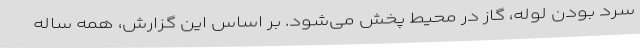
سرد بودن لوله، گاز در محیط پخش می‌شود. بر اساس این گزارش، همه ساله